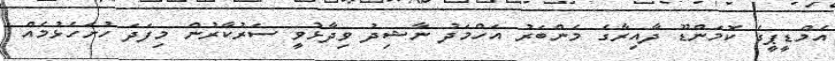
އެމްޑީޕީގެ ކޮމަންޑޫ ދާއިރާގެ މެންބަރު އަހްމަދު ނާޝިދު ވިދާޅުވީ ސަރުކާރުން މިފަދަ ހުށަހެޅުމެއް